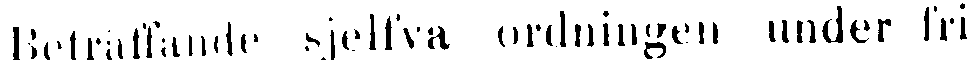
Beträffande sjelfva ordningen under fri